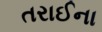
તરાઈના